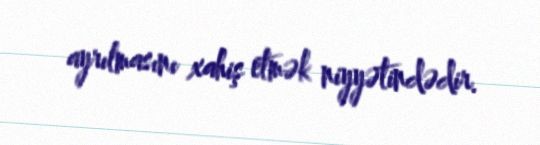
ayrılmasını xahiş etmək niyyətindədir.